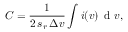
C = \frac { 1 } { 2 \, s _ { r } \, \Delta v } \int i ( v ) \, \textrm { d } v ,